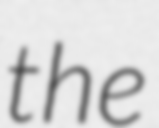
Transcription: the